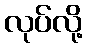
လုပ်လို့